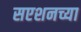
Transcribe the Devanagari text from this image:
सएशनच्या